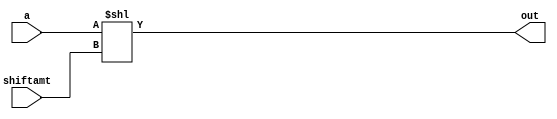
module SLL_behaviour(a, shiftamt, out);

	input [31:0] a;
   input [4:0] shiftamt;
   output [31:0] out;

	assign out = a << shiftamt;

endmodule